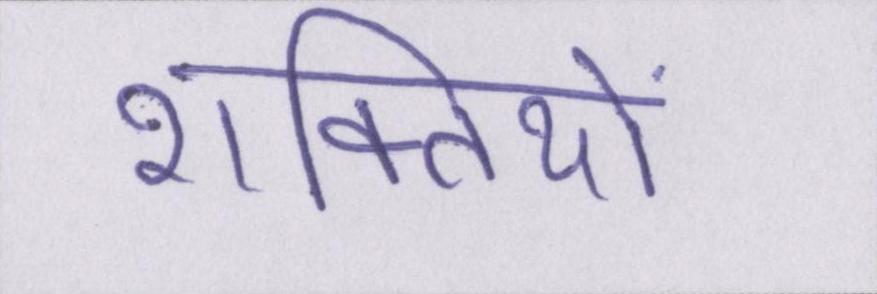
शक्तियों